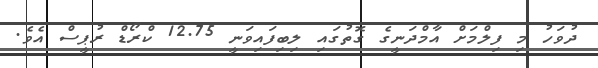
ދުވަހު މި ފިލްމަށް އާމްދަނީގެ ގޮތުގައި ލިބިފައިވަނީ 12.75 ކްރޯޑް ރުޕީސް އެވެ.